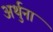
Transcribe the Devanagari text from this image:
अर्थुना